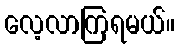
လေ့လာကြရမယ်။